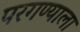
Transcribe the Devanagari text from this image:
परगण्याला